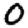
Digit: 0